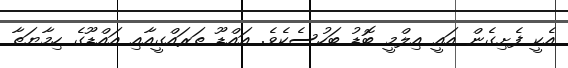
އެކީ ފެށިގެން އައީ އިލްމީ ބޮޑު ބަހުސެކެވެ. އައްޑޫ ތަރައްގީއާއި އައްޑޫގެ ހިމާޔަތާ